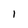
Character: 1